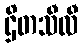
ဌိတသီလီ